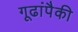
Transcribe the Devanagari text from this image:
गूढांपैकी